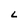
Character: L